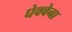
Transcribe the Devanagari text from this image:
घेववेना